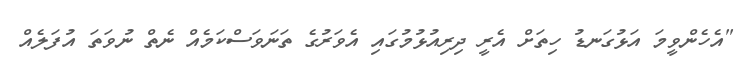
"އެހެންވީމަ އަޅުގަނޑު ހިތަށް އެރީ ދިރިއުޅުމުގައި އެވަރުގެ ތަނަވަސްކަމެއް ނެތް ނުވަތަ އުފަލެއް